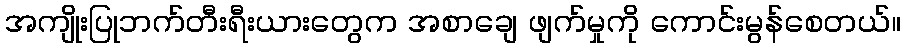
အကျိုးပြုဘက်တီးရီးယားတွေက အစာချေ ဖျက်မှုကို ကောင်းမွန်စေတယ်။